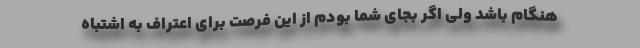
هنگام باشد ولی اگر بجای شما بودم از این فرصت برای اعتراف به اشتباه